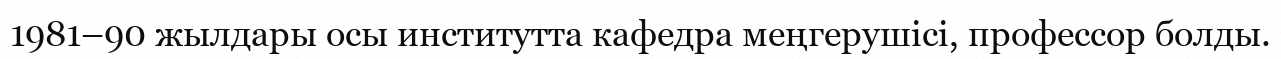
1981–90 жылдары осы институтта кафедра меңгерушісі, профессор болды.